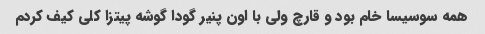
همه سوسیسا خام بود و قارچ ولی با اون پنیر گودا گوشه پیتزا کلی کیف کردم